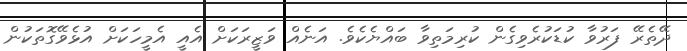
ދޭތެރޭ ފަރުވާ ކުޑަކުރެވިގެން ކުރިމަތިވާ ބައްޔެކެވެ. އަނެއް ވަޒީރަކަށް އެއީ އެމީހަކަށް އުޅެވޭގޮތަކުން